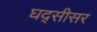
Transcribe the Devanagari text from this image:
घद्सीसर